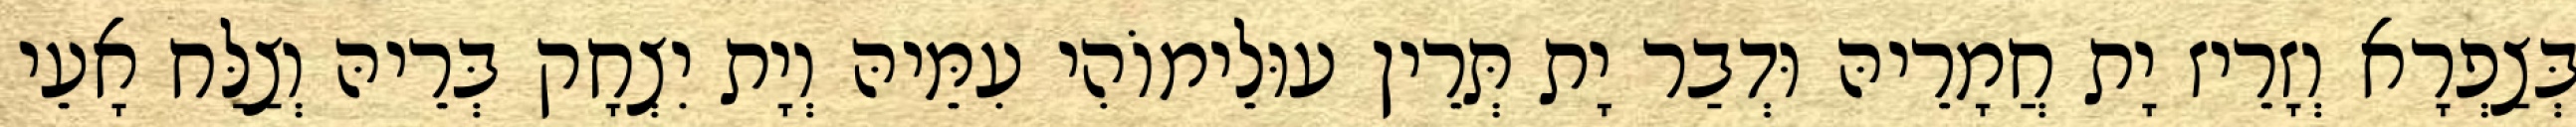
בְּצַפְרָא וְזָרֵיז יָת חֲמָרֵיהּ וּדְבַר יָת תְּרֵין עוּלֵימוֹהִי עִמֵּיהּ וְיָת יִצְחָק בְּרֵיהּ וְצַלַּח אָעֵי